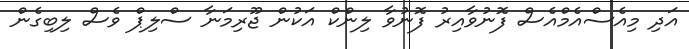
އަދި މިއެސްއެމްއެސް ފޮނުވާއިރު ފޮނުވާ ލިންކް އަކުން ޖޫރިމަނާ ސްލިޕް ވެސް ލިބިގެން